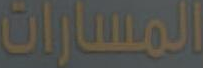
المسارات